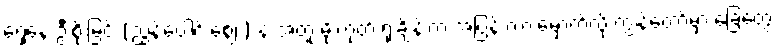
ရှေ့နေ ဦးစိုးမြင့် (ညွန့်ပေါင်းဈေး) နဲ့ အတူ မိုးကုတ် ရုံးချိန်းက အပြန် ကားမှောက်လို့ ကျွန်တော့်မှာ ခြေတွေ